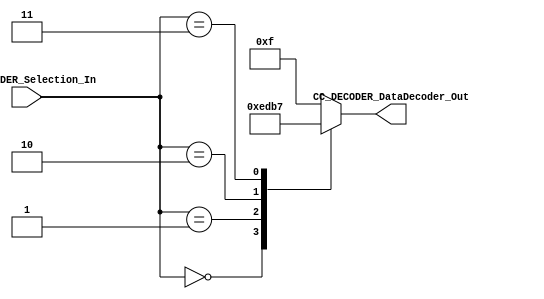
//##########################################################################
//######					G0B1T HDL EXAMPLES											####
//######	Fredy Enrique Segura-Quijano fsegura@uniandes.edu.co				####   
//######																						####   
//######				MODIFICADO: Marzo de 2018 - FES								####   
//##########################################################################
//# G0B1T
//# Copyright (C) 2018 Bogot, Colombia
//# 
//# This program is free software: you can redistribute it and/or modify
//# it under the terms of the GNU General Public License as published by
//# the Free Software Foundation, version 3 of the License.
//#
//# This program is distributed in the hope that it will be useful,
//# but WITHOUT ANY WARRANTY; without even the implied warranty of
//# MERCHANTABILITY or FITNESS FOR A PARTICULAR PURPOSE.  See the
//# GNU General Public License for more details.
//#
//# You should have received a copy of the GNU General Public License
//# along with this program.  If not, see <http://www.gnu.org/licenses/>.
//#/
//###########################################################################

//=======================================================
//  MODULE Definition
//=======================================================
module CC_DECODER #(parameter DATAWIDTH_DECODER_SELECTION=3, parameter DATAWIDTH_DECODER_OUT=4)(
	//////////// OUTPUTS //////////
	CC_DECODER_DataDecoder_Out,
	//////////// INPUTS //////////
	CC_DECODER_Selection_In
);
//=======================================================
//  PARAMETER declarations
//=======================================================

//=======================================================
//  PORT declarations
//=======================================================
	output reg	[DATAWIDTH_DECODER_OUT-1:0] CC_DECODER_DataDecoder_Out;
	input			[DATAWIDTH_DECODER_SELECTION-1:0] CC_DECODER_Selection_In;
//=======================================================
//  REG/WIRE declarations
//=======================================================

//=======================================================
//  Structural coding
//=======================================================
//INPUT LOGIC: COMBINATIONAL
	always@(*)
	begin
	case (CC_DECODER_Selection_In)	
		3'b000: CC_DECODER_DataDecoder_Out = 4'b1110;
		3'b001: CC_DECODER_DataDecoder_Out = 4'b1101;
		3'b010: CC_DECODER_DataDecoder_Out = 4'b1011;
		3'b011: CC_DECODER_DataDecoder_Out = 4'b0111;
		3'b111: CC_DECODER_DataDecoder_Out = 4'b1111;
		default : CC_DECODER_DataDecoder_Out = 4'b1111; 
		endcase
	end
//=======================================================
//  Outputs
//=======================================================
// OUTPUT LOGIC : COMBINATIONAL

endmodule